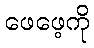
ဖေဖေ့ကို